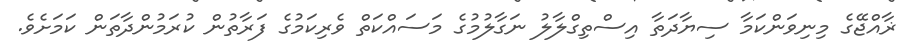
ޜާއްޖޭގެ މިނިވަންކަމާ ސިޔާދަތާ އިސްތިގްލާލު ނަގާލުމުގެ މަސައްކަތް ވެރިކަމުގެ ފަރާތުން ކުރަމުންދާތަން ކަމަށެވެ.